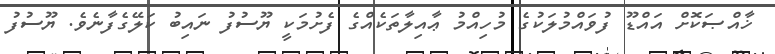
ޚާއްޞަކޮށް އައްޑޫ ފުވައްމުލަކުގެ މުހިއްމު ޢާއިލާތަކެއްގެ ފެށުމަކީ ޔޫސުފު ނައިބު ކަލޭގެފާނެވެ. ޔޫސުފު